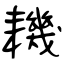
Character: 耭